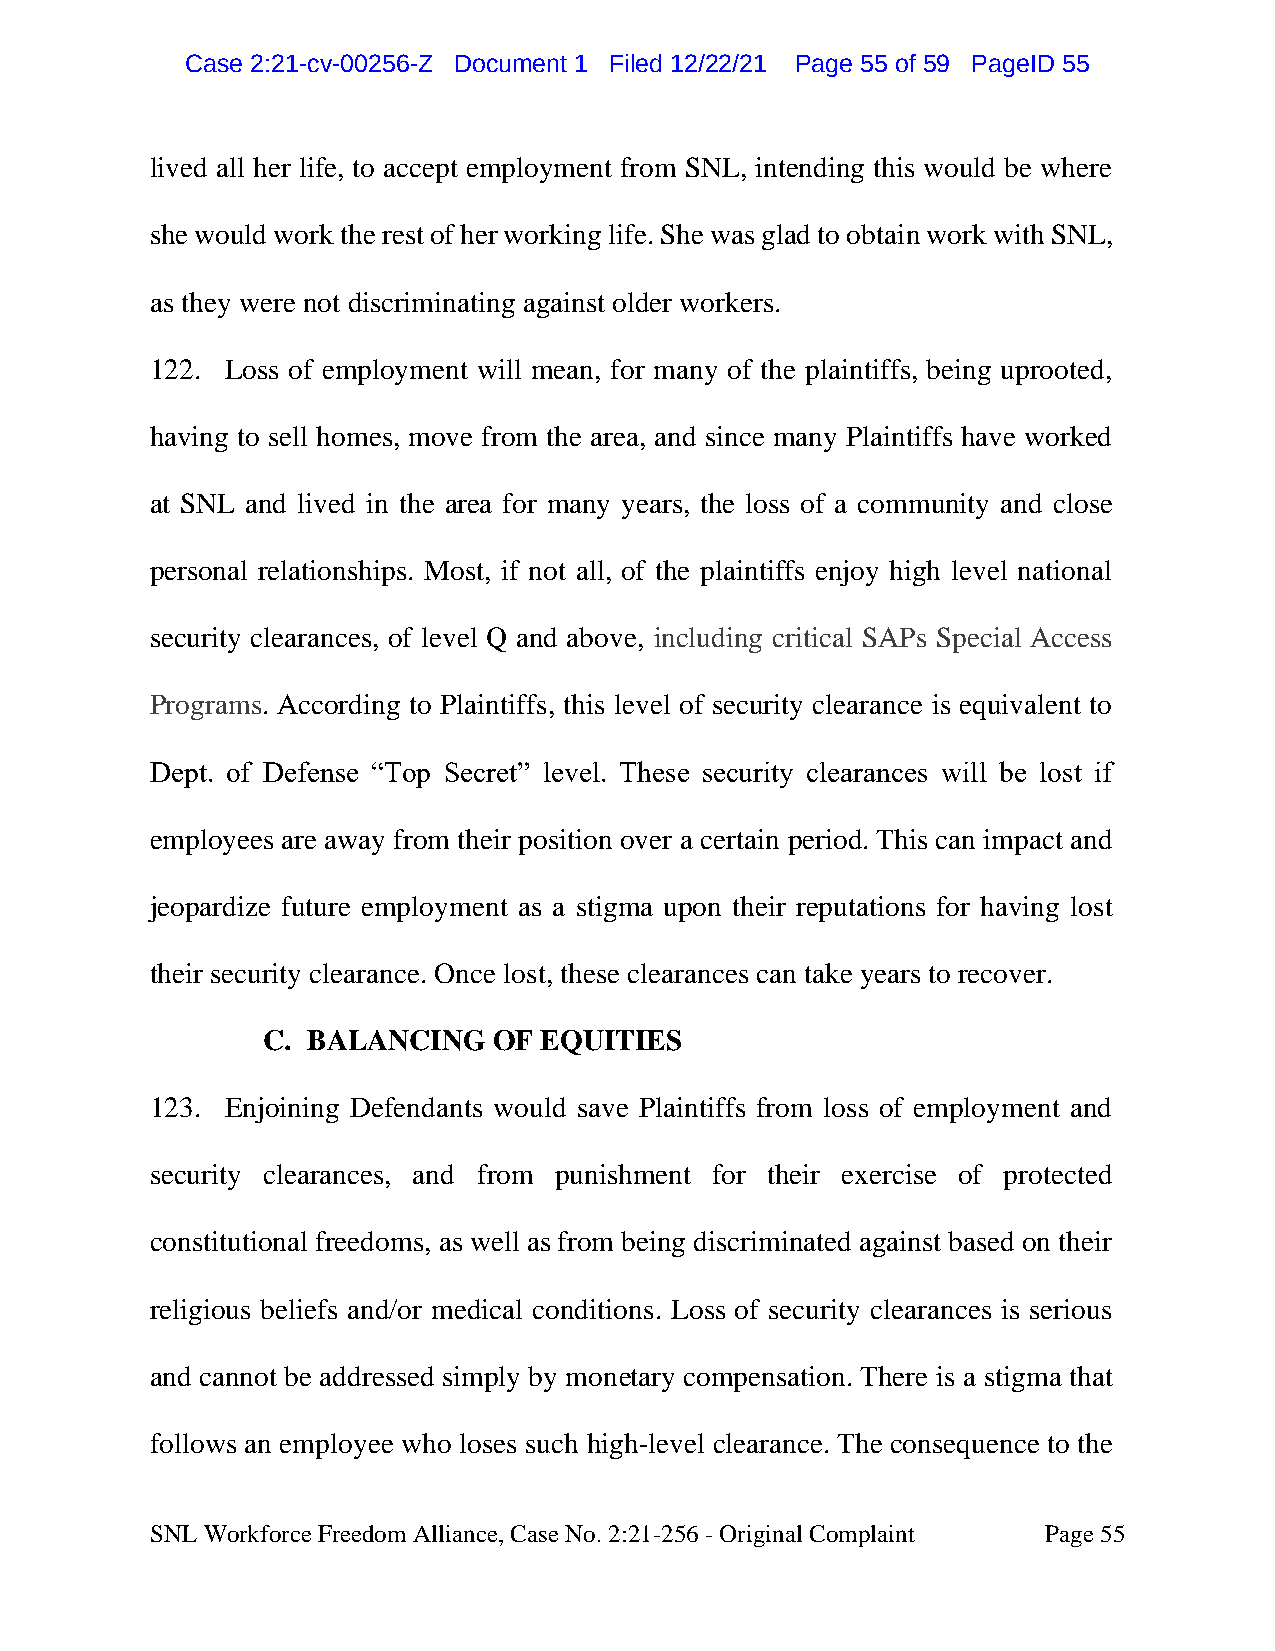
CCaassee 22::2211--ccvv--0000225566--ZZ DDooccuummeenntt 11 FFiilleedd 1122//2222//2211 PPaaggee 5555 ooff 5599 PPaaggeeIIDD 5555
 lived all her life, to accept employment from SNL, intending this would be where
 she would work the rest of her working life. She was glad to obtain work with SNL,
 as they were not discriminating against older workers.
 122. Loss of employment will mean, for many of the plaintiffs, being uprooted,
 having to sell homes, move from the area, and since many Plaintiffs have worked
 at SNL and lived in the area for many years, the loss of a community and close
 personal relationships. Most, if not all, of the plaintiffs enjoy high level national
 security clearances, of level Q and above, including critical SAPs Special Access
 Programs. According to Plaintiffs, this level of security clearance is equivalent to
 Dept. of Defense “Top Secret” level. These security clearances will be lost if
 employees are away from their position over a certain period. This can impact and
 jeopardize future employment as a stigma upon their reputations for having lost
 their security clearance. Once lost, these clearances can take years to recover.
 C. BALANCING    OF EQUITIES
 123. Enjoining Defendants would save Plaintiffs from loss of employment and
 security clearances, and from punishment for their exercise of protected
 constitutional freedoms, as well as from being discriminated against based on their
 religious beliefs and/or medical conditions. Loss of security clearances is serious
 and cannot be addressed simply by monetary compensation. There is a stigma that
 follows an employee who loses such high-level clearance. The consequence to the
 SNL Workforce Freedom Alliance, Case No. 2:21-256 - Original Complaint Page 55